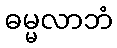
ဓမ္မလာဘံ